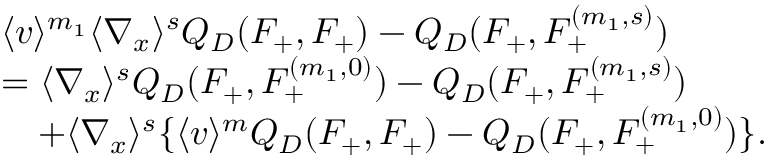
\begin{array} { r l } & { \langle v \rangle ^ { m _ { 1 } } \langle \nabla _ { x } \rangle ^ { s } Q _ { D } ( F _ { + } , F _ { + } ) - Q _ { D } ( F _ { + } , F _ { + } ^ { ( m _ { 1 } , s ) } ) } \\ & { = \langle \nabla _ { x } \rangle ^ { s } Q _ { D } ( F _ { + } , F _ { + } ^ { ( m _ { 1 } , 0 ) } ) - Q _ { D } ( F _ { + } , F _ { + } ^ { ( m _ { 1 } , s ) } ) } \\ & { \quad + \langle \nabla _ { x } \rangle ^ { s } \{ \langle v \rangle ^ { m } Q _ { D } ( F _ { + } , F _ { + } ) - Q _ { D } ( F _ { + } , F _ { + } ^ { ( m _ { 1 } , 0 ) } ) \} . } \end{array}